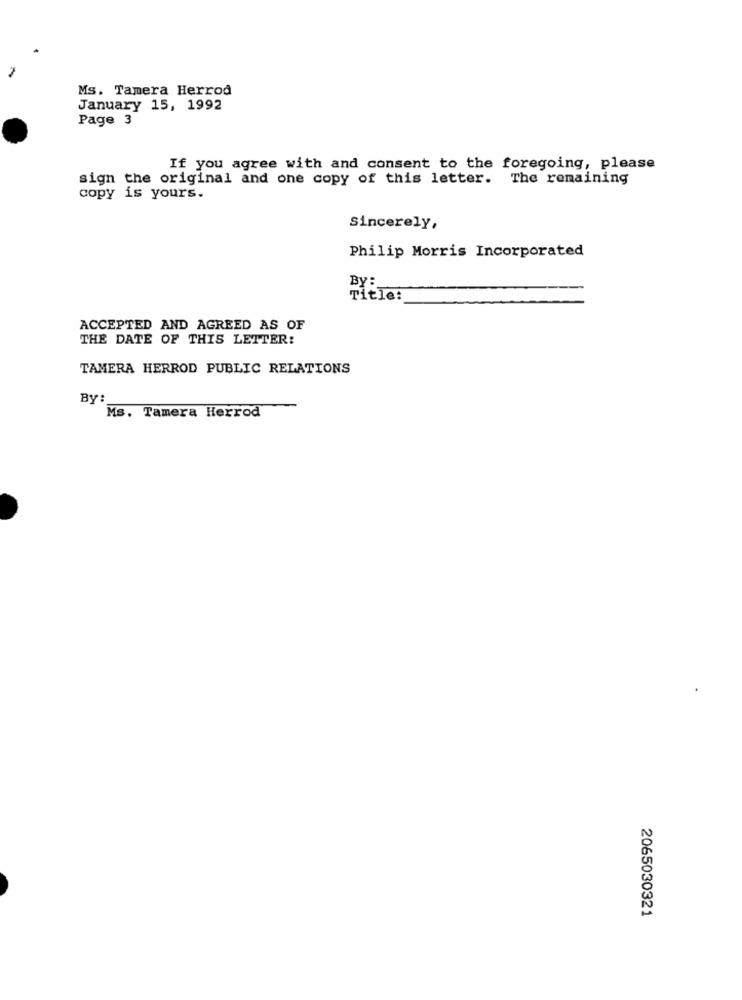
Ms. Tamera Herrod
January 15, 1992
Page 3
If you agree with and consent to the foregoing, please
sign the original and one copy of this letter. The remaining
copy is yours.
Sincerely,
Philip Morris Incorporated
BY:
Title:
ACCEPTED AND AGREED AS OF
THE DATE OF THIS LETTER:
TAMERA HERROD PUBLIC RELATIONS
By:
Ms. Tamera Herrod
2065030321